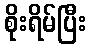
စိုးရိမ်ပြီး